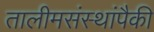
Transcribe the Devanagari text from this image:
तालीमसंस्थांपैकी